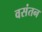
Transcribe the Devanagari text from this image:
वसंतन